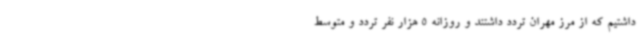
داشتیم که از مرز مهران تردد داشتند و روزانه 5 هزار نفر تردد و متوسط